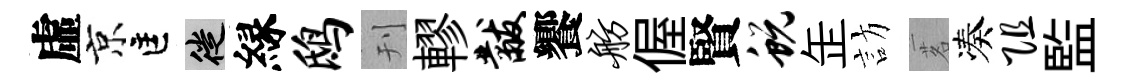
虛京匡徙縁鸱刊轇黻饗舫偓賢蜕𦈢訪茗凑阻監